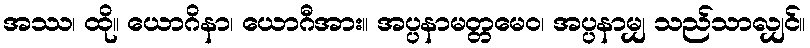
အဿ၊ ထို။ ယောဂိနာ၊ ယောဂီအား။ အပ္ပနာမတ္တမေဝ၊ အပ္ပနာမျှ သည်သာလျှင်။